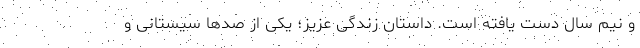
و نیم سال دست یافته است. داستان زندگی عزیز؛ یکی از صدها سیستانی‌ و